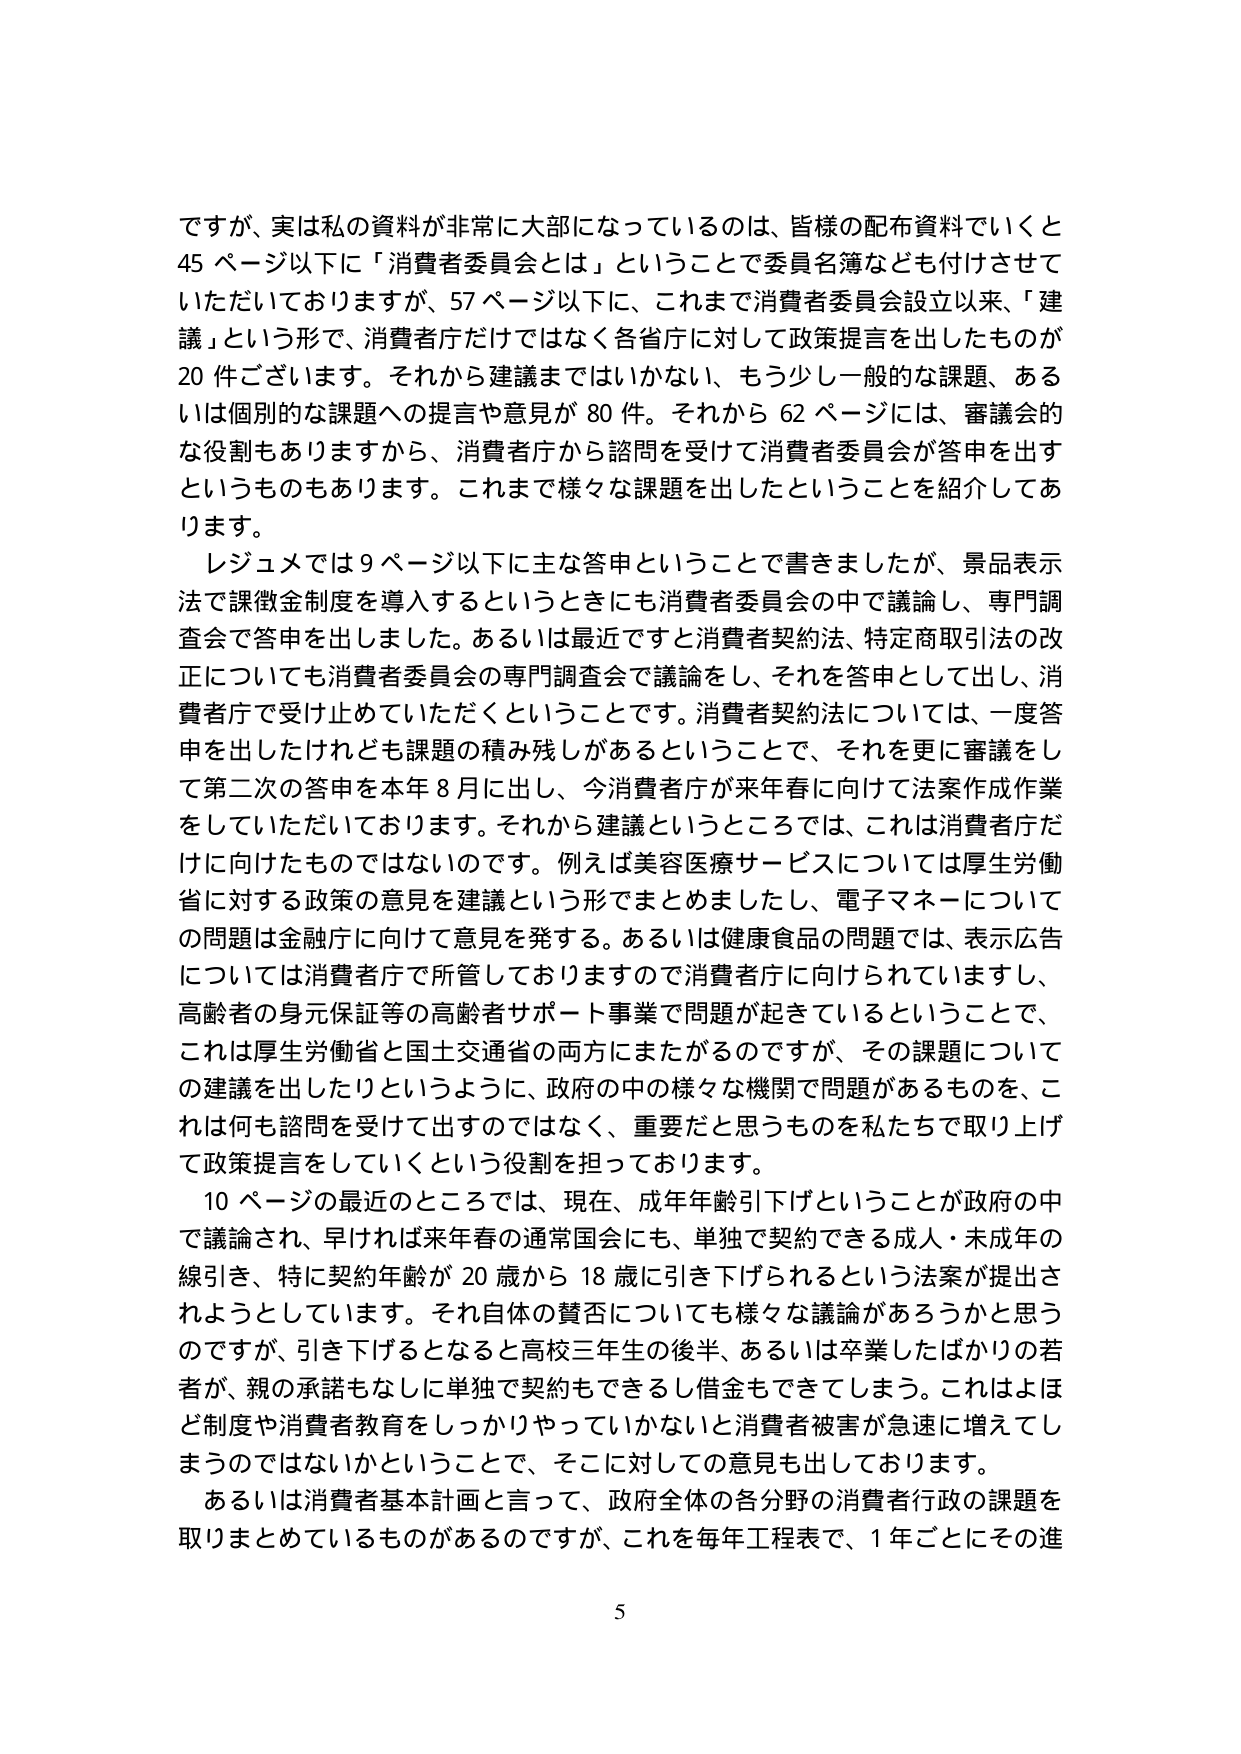
ですが、実は私の資料が非常に大部になっているのは、皆様の配布資料でいくと45ページ以下に「消費者委員会とは」ということで委員名簿なども付けさせていただいておりますが、57ページ以下に、これまで消費者委員会設立以来、「建議」という形で、消費者庁だけではなく各省庁に対して政策提言を出したものが20件ございます。それから建議まではいかない、もう少し一般的な課題、あるいは個別的な課題への提言や意見が80件。それから62ページには、審議会的な役割もありますから、消費者庁から諮問を受けて消費者委員会が答申を出すというものもあります。これまで様々な課題を出したということを紹介しております。

レジュメでは9ページ以下に主な答申ということで書きましたが、景品表示法で課徴金制度を導入するというときにも消費者委員会の中で議論し、専門調査会で答申を出しました。あるいは最近ですと消費者契約法、特定商取引法の改正についても消費者委員会の専門調査会で議論をし、それを答申として出し、消費者庁で受け止めていただくということです。消費者契約法については、一度答申を出したけれども課題の積み残しがあるということで、それを更に審議をして第二次の答申を本年8月に出し、今消費者庁が来年春に向けて法案作成作業をしていただいております。それから建議というところでは、これは消費者庁だけに向けたものではないのです。例えば美容医療サービスについては厚生労働省に対する政策の意見を建議という形でまとめましたし、電子マネーについての問題は金融庁に向けて意見を発する。あるいは健康食品の問題では、表示広告については消費者庁で所管しておりますので消費者庁に向けられていますし、高齢者の身元保証等の高齢者サポート事業で問題が起きているということで、これは厚生労働省と国土交通省の両方にまたがるのですが、その課題についての建議を出したりというように、政府の中の様々な機関で問題があるものを、これは何も諮問を受けて出すのではなく、重要だと思うものを私たちで取り上げて政策提言をしていくという役割を担っております。

10ページの最近のところでは、現在、成年年齢引下げということが政府の中で議論され、早ければ来年春の通常国会にも、単独で契約できる成人・未成年の線引き、特に契約年齢が20歳から18歳に引き下げられるという法案が提出されようとしています。それ自体の賛否についても様々な議論があるかと思うのですが、引き下げるとなると高校三年生の後半、あるいは卒業したばかりの若者が、親の承諾もなしに単独で契約もできるし借金もできてしまう。これはよほど制度や消費者教育をしっかりやっていかないと消費者被害が急速に増えてしまうのではないかということで、そこに対しての意見も出しております。

あるいは消費者基本計画と言って、政府全体の各分野の消費者行政の課題を取りまとめているものがあるのですが、これを毎年工程表で、1年ごとにその進

5